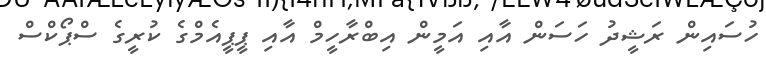
ހުސައިން ރަޝީދު ހަސަން އާއި އަމީން އިބްރާހީމް އާއި ޕީޕީއެމްގެ ކުރީގެ ސްޕޯކްސް